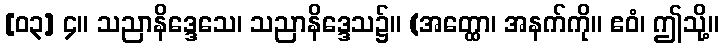
[၀၃] ၄။ သညာနိဒ္ဒေသေ၊ သညာနိဒ္ဒေသ၌။ (အတ္ထော၊ အနက်ကို။ ဧဝံ၊ ဤသို့။